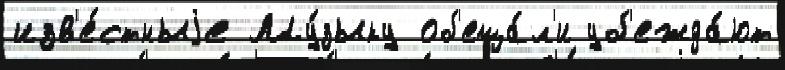
изв'е́стныjе Му́зыку об'еща́л'и уб'ежда́ют